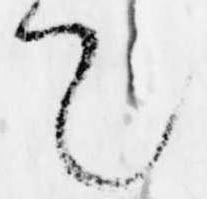
て